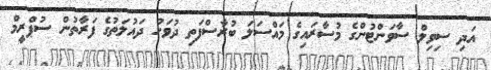
އަދި ސިވިލް ސާވަންޓުންގެ މުސާރައިގެ މައްސަލަ ބުރާސްފަތި ދުވަހު ދައުލަތުގެ ފަރާތުން ސުޕްރީމް